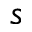
s